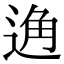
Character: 𨓨